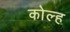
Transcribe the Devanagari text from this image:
कोल्ह